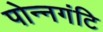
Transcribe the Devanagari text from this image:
पोन्नगंटि